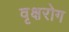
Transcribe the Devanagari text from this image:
वृक्षरोग